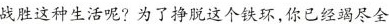
战胜这种生活呢?为了挣脱这个铁环，你已经竭尽全